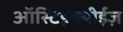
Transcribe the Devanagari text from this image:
ऑस्टिइक्थीईज़